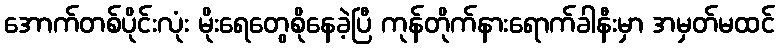
အောက်တစ်ပိုင်းလုံး မိုးရေတွေစိုနေခဲ့ပြီ ကုန်တိုက်နားရောက်ခါနီးမှာ အမှတ်မထင်